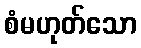
စံမဟုတ်သော